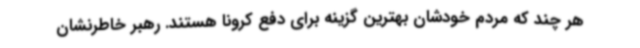
هر چند که مردم خودشان بهترین گزینه برای دفع کرونا هستند. رهبر خاطرنشان